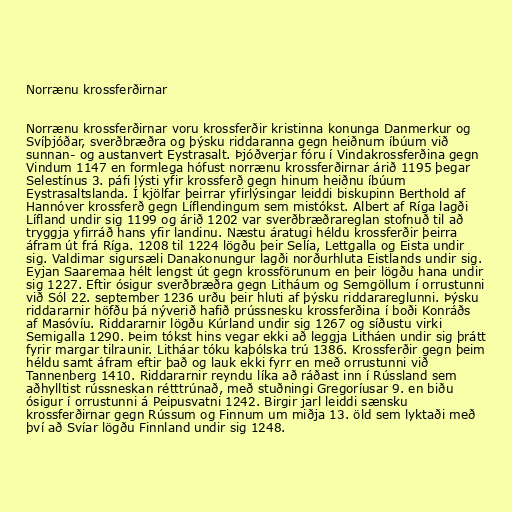
Norrænu krossferðirnar

Norrænu krossferðirnar voru krossferðir kristinna konunga Danmerkur og
Svíþjóðar, sverðbræðra og þýsku riddaranna gegn heiðnum íbúum við
sunnan- og austanvert Eystrasalt. Þjóðverjar fóru í Vindakrossferðina gegn
Vindum 1147 en formlega hófust norrænu krossferðirnar árið 1195 þegar
Selestínus 3. páfi lýsti yfir krossferð gegn hinum heiðnu íbúum
Eystrasaltslanda. Í kjölfar þeirrar yfirlýsingar leiddi biskupinn Berthold af
Hannóver krossferð gegn Líflendingum sem mistókst. Albert af Ríga lagði
Lífland undir sig 1199 og árið 1202 var sverðbræðrareglan stofnuð til að
tryggja yfirráð hans yfir landinu. Næstu áratugi héldu krossferðir þeirra
áfram út frá Ríga. 1208 til 1224 lögðu þeir Selía, Lettgalla og Eista undir
sig. Valdimar sigursæli Danakonungur lagði norðurhluta Eistlands undir sig.
Eyjan Saaremaa hélt lengst út gegn krossförunum en þeir lögðu hana undir
sig 1227. Eftir ósigur sverðbræðra gegn Litháum og Semgöllum í orrustunni
við Sól 22. september 1236 urðu þeir hluti af þýsku riddarareglunni. Þýsku
riddararnir höfðu þá nýverið hafið prússnesku krossferðina í boði Konráðs
af Masóvíu. Riddararnir lögðu Kúrland undir sig 1267 og síðustu virki
Semigalla 1290. Þeim tókst hins vegar ekki að leggja Litháen undir sig þrátt
fyrir margar tilraunir. Litháar tóku kaþólska trú 1386. Krossferðir gegn þeim
héldu samt áfram eftir það og lauk ekki fyrr en með orrustunni við
Tannenberg 1410. Riddararnir reyndu líka að ráðast inn í Rússland sem
aðhylltist rússneskan rétttrúnað, með stuðningi Gregoríusar 9. en biðu
ósigur í orrustunni á Peipusvatni 1242. Birgir jarl leiddi sænsku
krossferðirnar gegn Rússum og Finnum um miðja 13. öld sem lyktaði með
því að Svíar lögðu Finnland undir sig 1248.